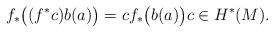
LaTeX: \begin{align*}f_*\big( (f^*c) b(a) \big) = c f_*\big(b(a)\big) c \in H^*(M).\end{align*}